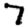
Digit: 7